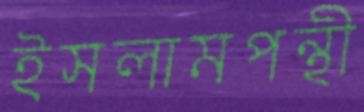
ইসলামপন্থী